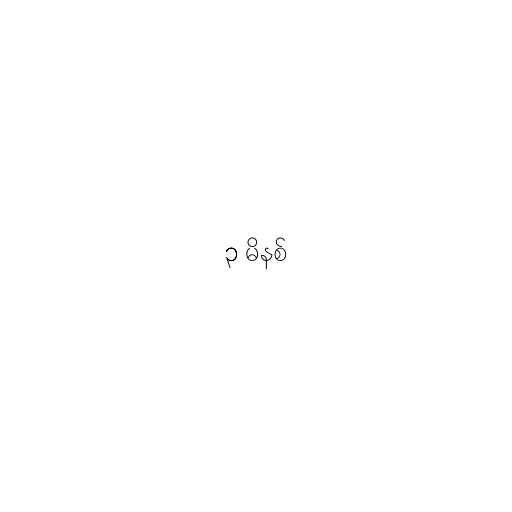
၃ မိနစ်